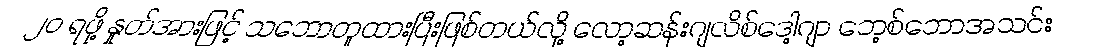
၂၀ ရဖို့ နှုတ်အားဖြင့် သဘောတူထားပြီးဖြစ်တယ်လို့ လော့ဆန်းဂျလိစ်ဒေါ့ဂျာ ဘေ့စ်ဘောအသင်း